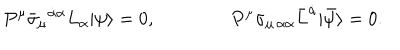
P ^ { \mu } \bar { \sigma } _ { \mu } { } ^ { \dot { \alpha } \alpha } L _ { \alpha } | \psi \rangle = 0 , \qquad \qquad P ^ { \mu } \sigma _ { \mu \, \alpha \dot { \alpha } } \bar { L } ^ { \dot { \alpha } } | \bar { \psi } \rangle = 0 .